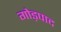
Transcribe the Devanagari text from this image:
गोड़पाद